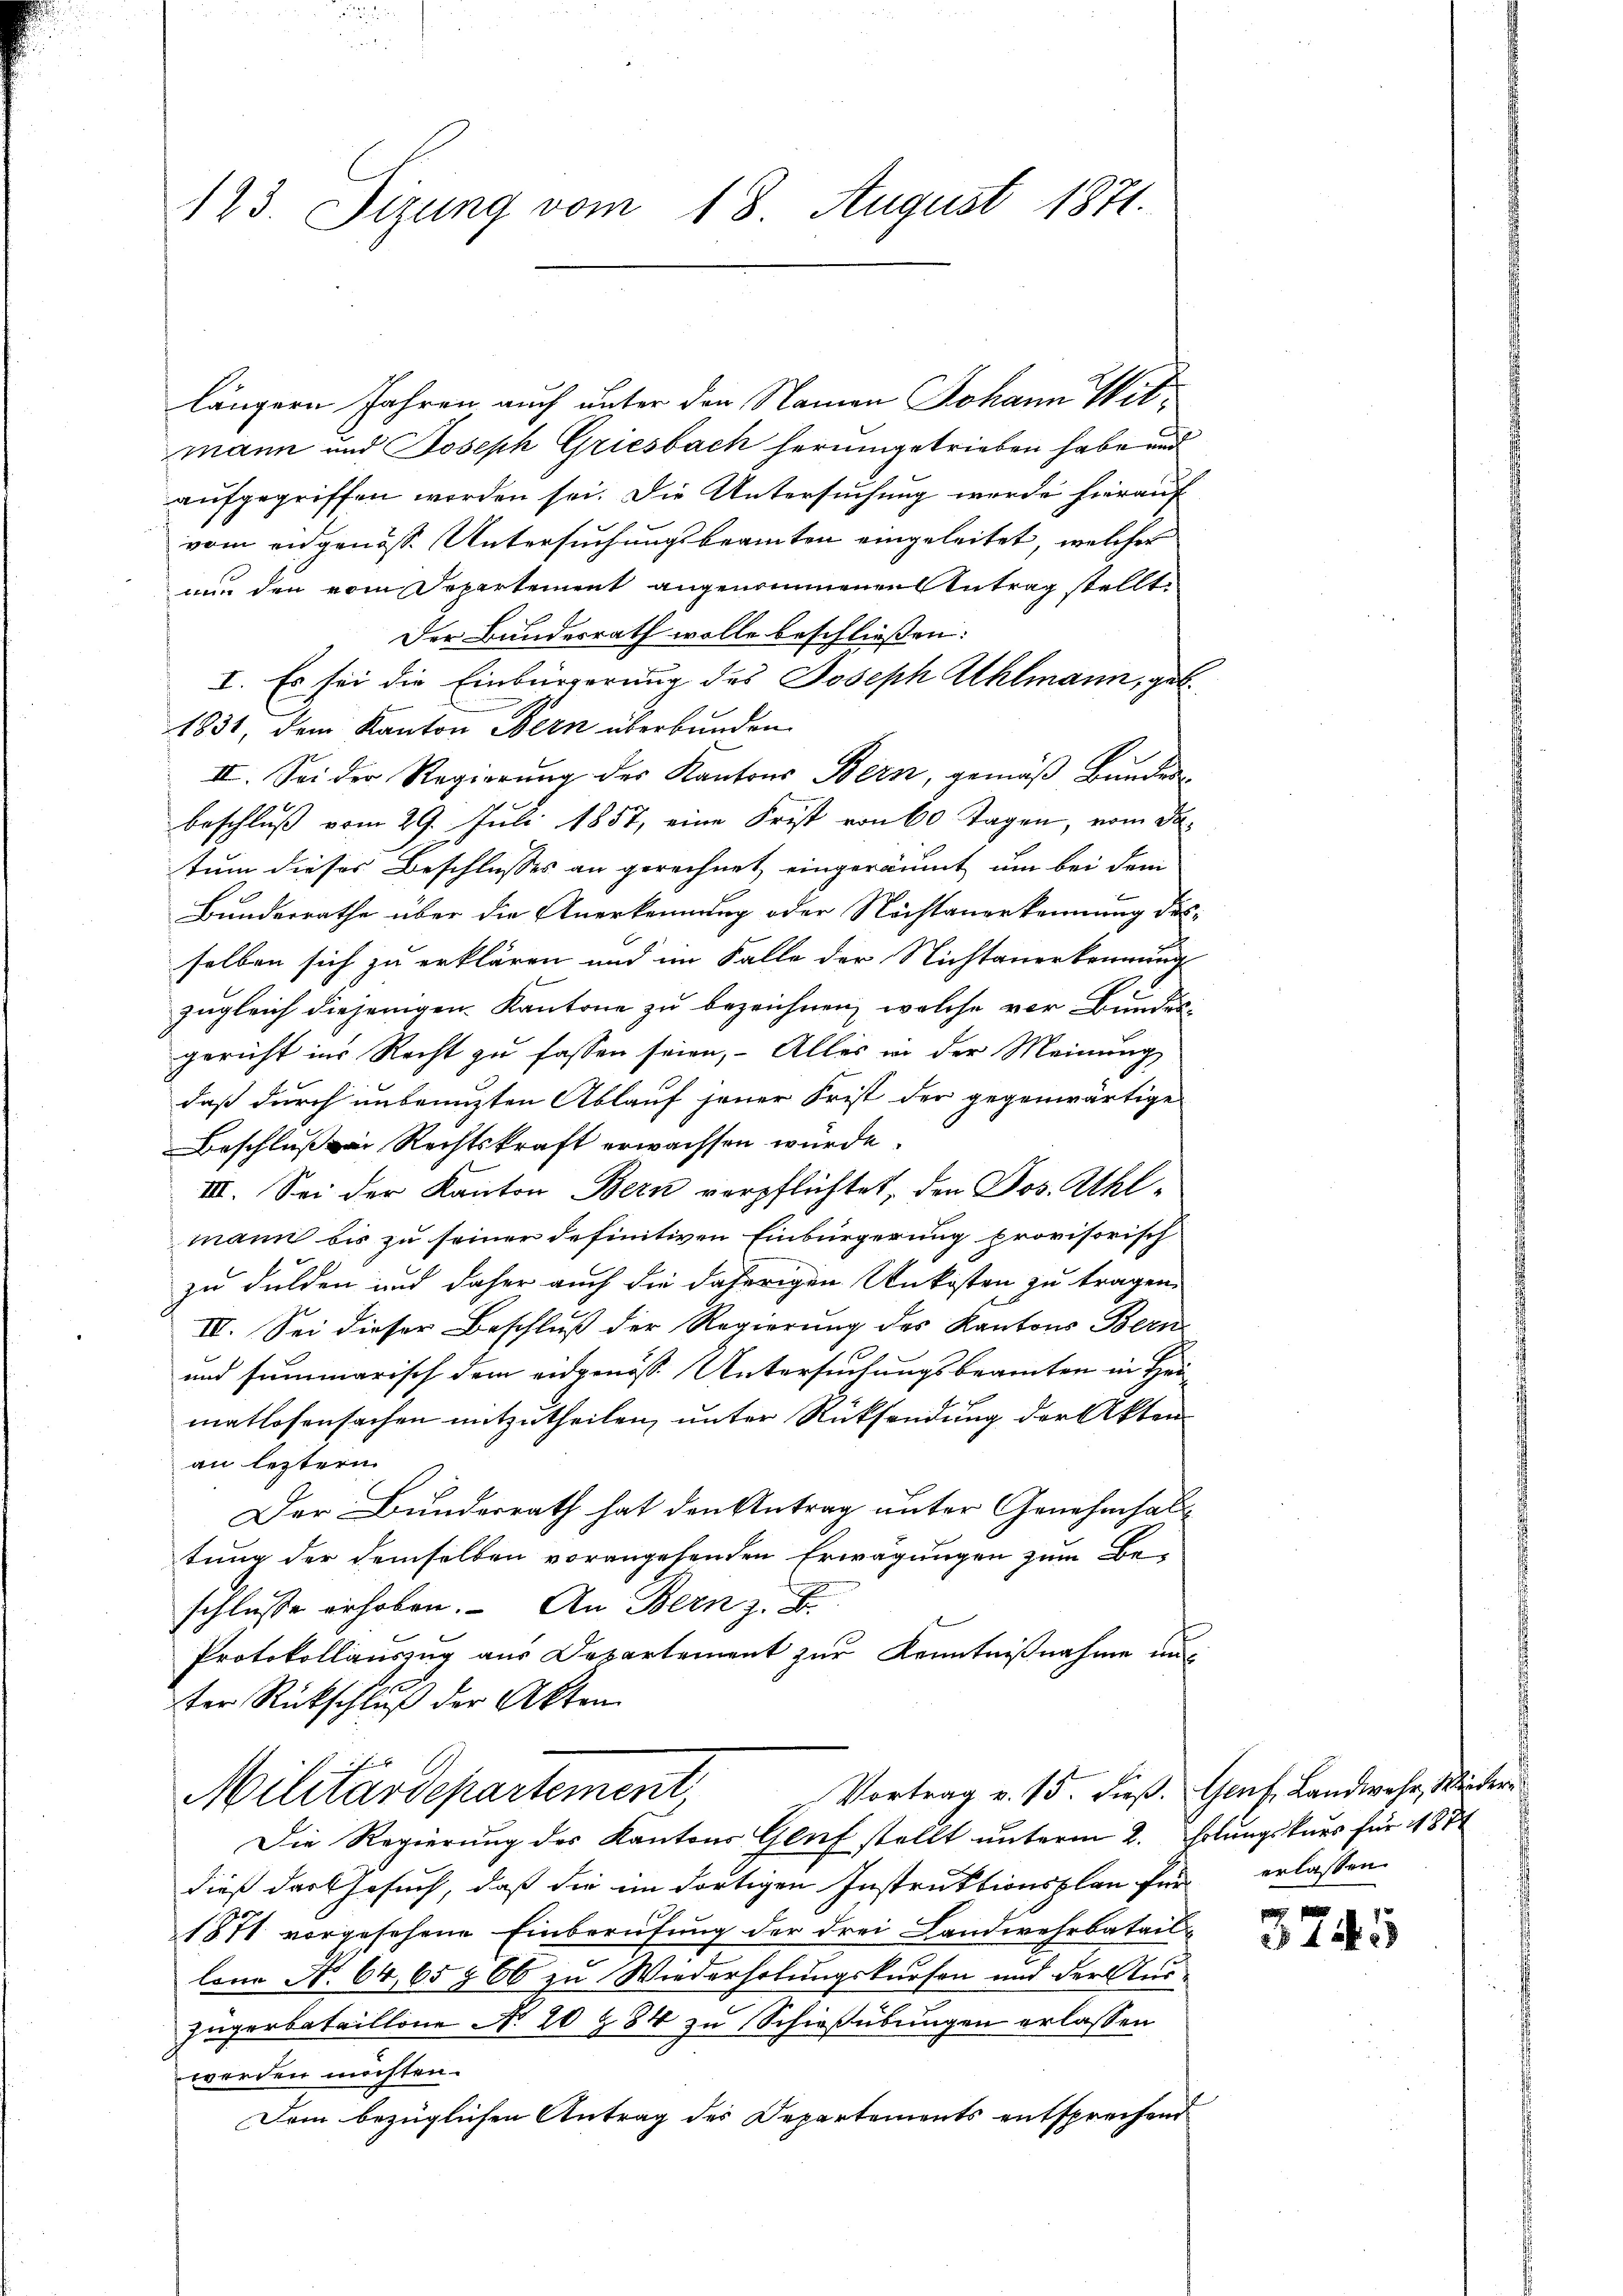
123. Sizung vom 18. August 1871.

längern Jahren auch unter den Namen Johann Witmann und Joseph Griesbach herumgetrieben habe und
aufgegriffen worden sei. Die Untersuchung werde hierauf
vom eidgenösse Untersuchungsbeamten eingeleitet, welches
nur den vom Departement angenommenen Antrag stellt.
Der Bundesrath wolle beschließen:
I. Es sei die Einbürgerung des Joseph Ahlmann, geb.
1831, dem Kanton Bern überbunden.
II. Sei der Regierung des Kantons Bern, gemäβ Bunden
beschluß vom 29. Juli 1857, eine Frist von 60 Tagen, vom 30.
tum dieses Beschlusses an gerechnet, eingeräumt, um bei dem
Bundesrathe über die Anerkennung oder Nichtanerkennung desselben sich zu erklären und im Falle der Nichtanerkennung
zugleich diejenigen Kantone zu bezeichnen, welche vor Bundesgericht ins Recht zu fassen seien, Alles in der Meinung
daß durch unbenuzten Ablauf jener Frist der gegenwärtige
Beschluße Rechtskraft erwachsen würde.
IIII. Sei der Kanton Bern verpflichtet, den Jos. Ahlmann bis zu seiner definitiven Einbürgerung provisorisch
zu dulden und daher auch die daherigen Unkosten zu tragen.
IV. Sei dieser Beschluß der Regierung des Kantons Bern
und summarisch dem eidgenöss. Untersuchungsbeamten in Hei-
matlosensachen mitzutheilen, unter Rücksendung der Akten
an letztern
Der Bundesrath hat den Antrag unter Genehmhal
tung der demselben vorangehenden Erwägungen zum Be-
schlüsse erhoben. An Bern z. B.
Protokollauszug aus Departement zur Kenntnißnahme uns
ter Rückschluß der Akten
Vortrag v. 15. dieß. Genf, Landwehr, Wieder
Militärdepartement,
Die Regierung des Kantons Gluf stellt unterm 2. Hebungskurs für 187
dieß das Gesuch, daß die im dortigen Instruktionsplan für erlassen.
1871 vorgesehene Einberufung der drei Landwehrbataillona No. 64, 65 § 66 zu Wiederholungskurson und der Aus¬
Zugerbataillone No 20 § 84 zu Schießübungen erlassen
werden möchten.
Dem bezüglichen Antrag des Departements entsprechend

3745